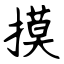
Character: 摸